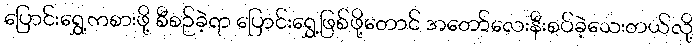
ပြောင်းရွှေ့ကစားဖို့ စီစဉ်ခဲ့ရာ ပြောင်းရွှေ့ဖြစ်ဖို့တောင် အတော်လေးနီးစပ်ခဲ့သေးတယ်လို့